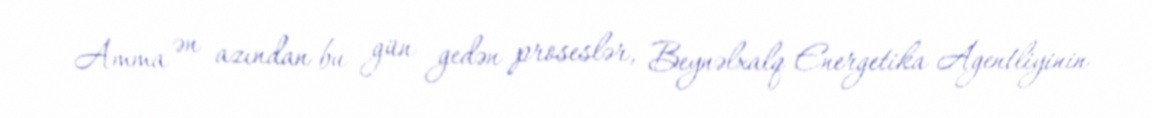
Amma ən azından bu gün gedən proseslər, Beynəlxalq Energetika Agentliyinin